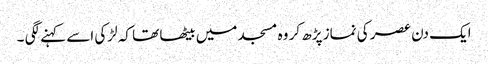
ایک دن عصر کی نماز پڑھ کر وہ مسجد میں بیٹھا تھا کہ لڑکی اسے کہنے لگی ۔